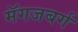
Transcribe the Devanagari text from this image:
मॅगजबर्ग